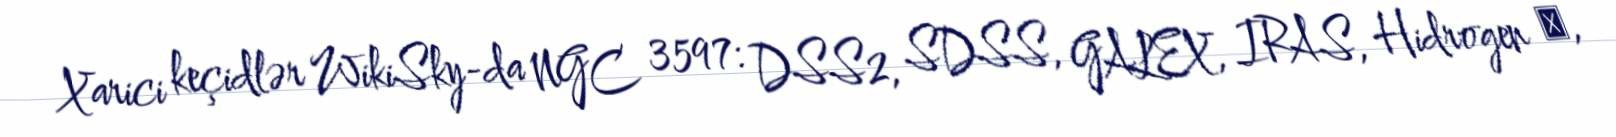
Xarici keçidlər WikiSky-da NGC 3597: DSS2, SDSS, GALEX, IRAS, Hidrogen α,